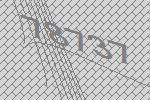
78737